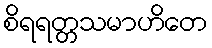
စိရရတ္တသမာဟိတေ